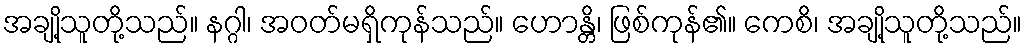
အချို့သူတို့သည်။ နဂ္ဂါ၊ အဝတ်မရှိကုန်သည်။ ဟောန္တိ၊ ဖြစ်ကုန်၏။ ကေစိ၊ အချို့သူတို့သည်။